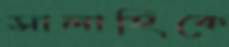
সালাহিকে